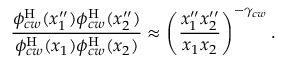
\frac { \phi _ { c w } ^ { \mathrm { H } } ( x _ { 1 } ^ { \prime \prime } ) \phi _ { c w } ^ { \mathrm { H } } ( x _ { 2 } ^ { \prime \prime } ) } { \phi _ { c w } ^ { \mathrm { H } } ( x _ { 1 } ) \phi _ { c w } ^ { \mathrm { H } } ( x _ { 2 } ) } \approx \left( \frac { x _ { 1 } ^ { \prime \prime } x _ { 2 } ^ { \prime \prime } } { x _ { 1 } x _ { 2 } } \right) ^ { - \gamma _ { c w } } .